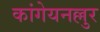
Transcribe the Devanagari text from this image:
कांगेयनल्लुर